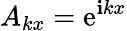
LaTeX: A_{kx}=\mathrm{e}^{\mathbf{i}kx}